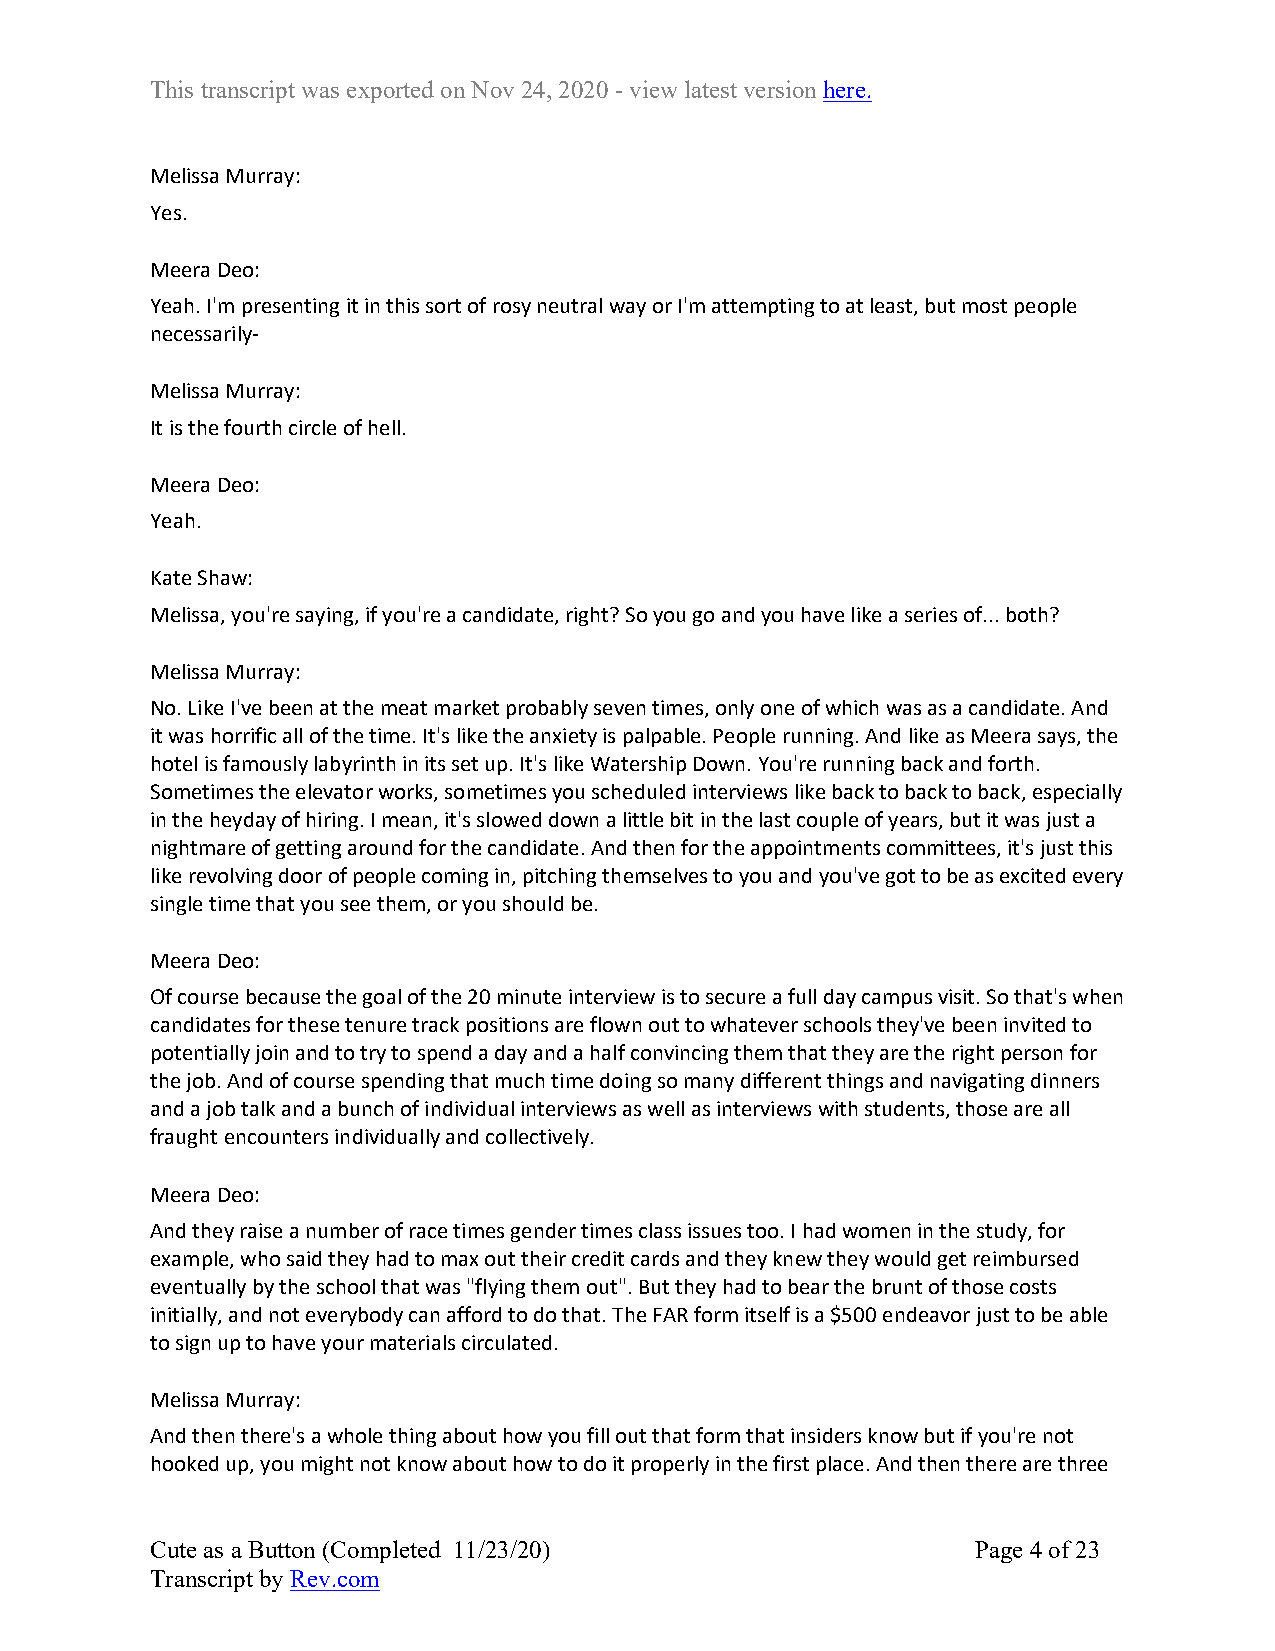
This transcript was exported on Nov 24, 2020 - view latest version here.
 Melissa Murray:
 Yes.
 Meera Deo:
 Yeah. I'm presenting it in this sort of rosy neutral way or I'm attempting to at least, but most people
 necessarily-
 Melissa Murray:
 It is the fourth circle of hell.
 Meera Deo:
 Yeah.
 Kate Shaw:
 Melissa, you're saying, if you're a candidate, right? So you go and you have like a series of... both?
 Melissa Murray:
 No. Like I've been at the meat market probably seven times, only one of which was as a candidate. And
 it was horrific all of the time. It's like the anxiety is palpable. People running. And like as Meera says, the
 hotel is famously labyrinth in its set up. It's like Watership Down. You're running back and forth.
 Sometimes the elevator works, sometimes you scheduled interviews like back to back to back, especially
 in the heyday of hiring. I mean, it's slowed down a little bit in the last couple of years, but it was just a
 nightmare of getting around for the candidate. And then for the appointments committees, it's just this
 like revolving door of people coming in, pitching themselves to you and you've got to be as excited every
 single time that you see them, or you should be.
 Meera Deo:
 Of course because the goal of the 20 minute interview is to secure a full day campus visit. So that's when
 candidates for these tenure track positions are flown out to whatever schools they've been invited to
 potentially join and to try to spend a day and a half convincing them that they are the right person for
 the job. And of course spending that much time doing so many different things and navigating dinners
 and a job talk and a bunch of individual interviews as well as interviews with students, those are all
 fraught encounters individually and collectively.
 Meera Deo:
 And they raise a number of race times gender times class issues too. I had women in the study, for
 example, who said they had to max out their credit cards and they knew they would get reimbursed
 eventually by the school that was "flying them out". But they had to bear the brunt of those costs
 initially, and not everybody can afford to do that. The FAR form itself is a $500 endeavor just to be able
 to sign up to have your materials circulated.
 Melissa Murray:
 And then there's a whole thing about how you fill out that form that insiders know but if you're not
 hooked up, you might not know about how to do it properly in the first place. And then there are three
 Cute as a Button (Completed 11/23/20)                  Page 4 of 23
 Transcript by Rev.com